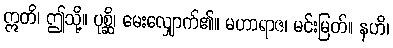
ဣတိ၊ ဤသို့။ ပုစ္ဆိ၊ မေးလျှောက်၏။ မဟာရာဇ၊ မင်းမြတ်။ နဟိ၊